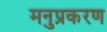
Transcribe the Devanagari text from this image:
मनुप्रकरण